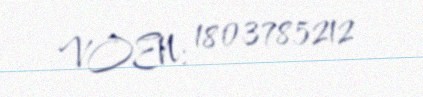
VOEN: 1803785212